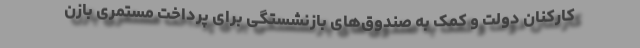
کارکنان دولت و کمک به صندوق‌های بازنشستگی برای پرداخت مستمری بازن